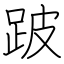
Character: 跛